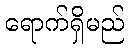
ရောက်ရှိမည်